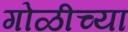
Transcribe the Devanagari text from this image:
गोळीच्या